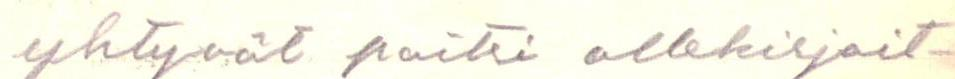
yhtyvät paitsi allekirjoit-